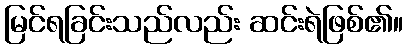
မြင်ရခြင်းသည်လည်း ဆင်းရဲဖြစ်၏။